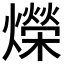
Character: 爃